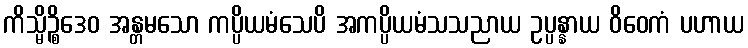
ကိသ္မိဉ္စိဒေဝ အန္တမသော ကပ္ပိယမံသေပိ အကပ္ပိယမံသသညာယ ဥပ္ပန္နာယ ဝိဝေကံ ပဟာယ